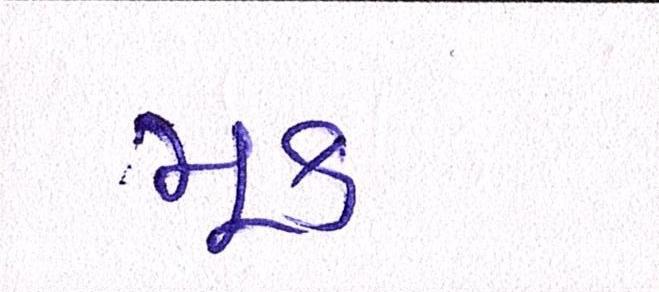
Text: મૂક